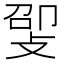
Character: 𫾸